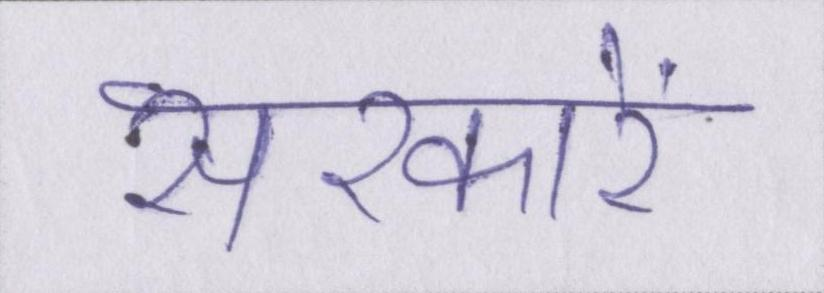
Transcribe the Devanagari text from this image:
सरकारें